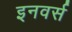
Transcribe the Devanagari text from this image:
इनवर्स